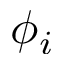
\phi _ { i }